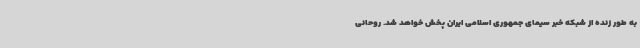
به طور زنده از شبکه خبر سیمای جمهوری اسلامی ایران پخش خواهد شد. روحانی